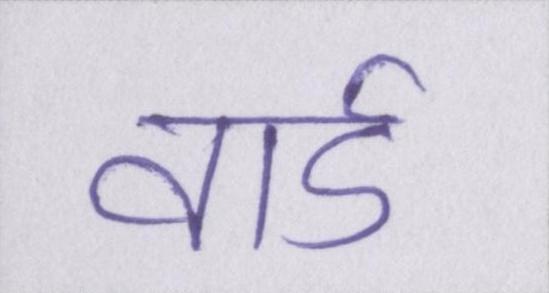
वार्ड